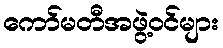
ကော်မတီအဖွဲ့ဝင်များ